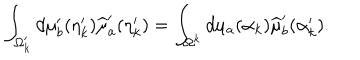
LaTeX: \int _ { \Omega _ { k } ^ { \prime } } d \mu _ { b } ^ { \prime } ( \eta _ { k } ^ { \prime } ) \widehat { \mu } _ { a } ^ { \prime } ( \eta _ { k } ^ { \prime } ) = \int _ { \Omega ^ { k } } d \mu _ { a } ( \alpha _ { k } ) \widehat { \mu } _ { b } ^ { \prime } ( \alpha _ { k } ^ { \prime } ) .